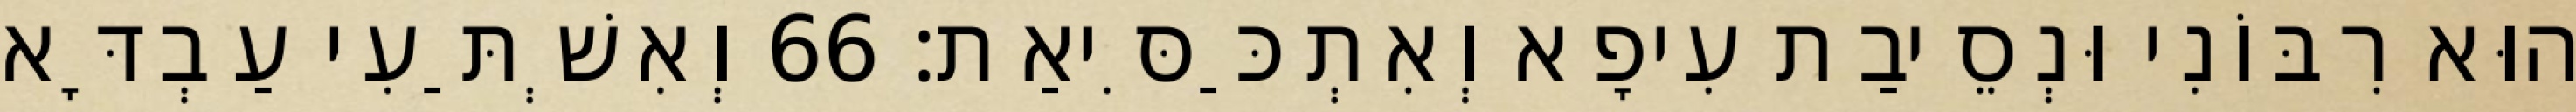
הוּא רִבּוֹנִי וּנְסֵיבַת עִיפָא וְאִתְכַּסִּיאַת׃ 66 וְאִשְׁתַּעִי עַבְדָּא